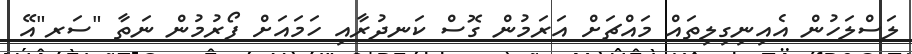
ލަސްލަހުން އެއިނިގިލިތައް މައްޗަށް އަރަމުން ގޮސް ކަނދުރާއި ހަމައަށް ފޯރުމުން ނަތާ "ސަރ"އޭ